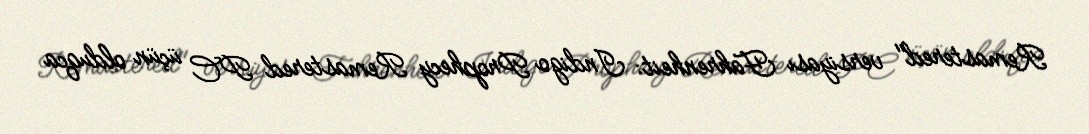
Remastered" versiyası Fahrenheit: Indigo Prophecy Remastered PC üçün olduqca